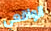
الواقعي